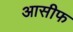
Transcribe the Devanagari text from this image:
आसीफ